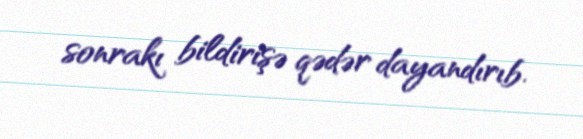
sonrakı bildirişə qədər dayandırıb.